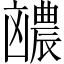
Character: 𪞽